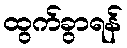
ထွက်ခွာရန်